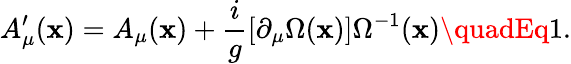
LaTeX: A_{\mu}^{\prime}(\mathbf{x})=A_{\mu}(\mathbf{x})+{\frac{{i}}{{g}}}[\partial_{\mu}\Omega(\mathbf{x})]\Omega^{-1}(\mathbf{x})\quadEq1.